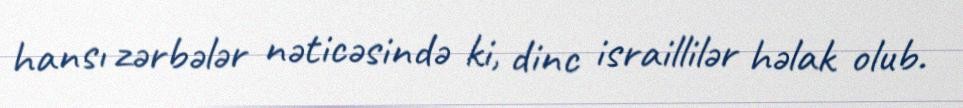
hansı zərbələr nəticəsində ki, dinc israillilər həlak olub.